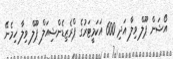
އޯޝަން ޕޫލް ވިލާ އަދި 600 އަކަމީޓަރުގެ ޕްރެޒިޑެންޝިއަލް ޕޫލް ވިލާ ހިމެނޭ